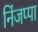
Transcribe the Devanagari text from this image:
निंजप्पा